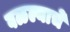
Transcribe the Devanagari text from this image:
वळल्याचे